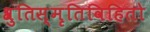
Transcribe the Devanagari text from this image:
श्रुतिस्मृतिविहितो